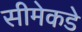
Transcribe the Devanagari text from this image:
सीमेकडे